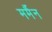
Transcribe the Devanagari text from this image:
मर्मैन